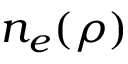
n _ { e } ( \rho )